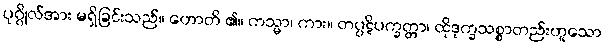
ပုဂ္ဂိုလ်အား မရှိခြင်းသည်။ ဟောတိ ၏။ ကသ္မာ၊ ကား။ တပ္ပဋိပက္ခတ္တာ၊ ထိုဒုက္ခသစ္စာတည်းဟူသော